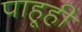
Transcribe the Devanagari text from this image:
पाहूही